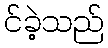
င်ခဲ့သည်